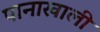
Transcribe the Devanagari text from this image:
पानाखाली